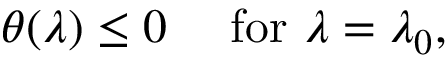
\theta ( \lambda ) \leq 0 ~ ~ ~ ~ \mathrm { f o r } ~ \lambda = \lambda _ { 0 } ,